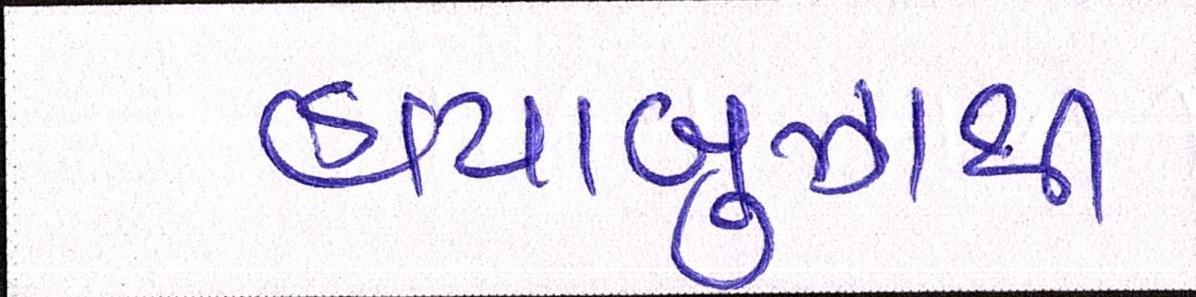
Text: હાયાબુઝાથી